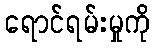
ရောင်ရမ်းမှုကို